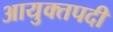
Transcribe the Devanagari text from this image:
आयुक्तपदी